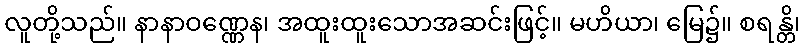
လူတို့သည်။ နာနာဝဏ္ဏေန၊ အထူးထူးသောအဆင်းဖြင့်။ မဟိယာ၊ မြေ၌။ စရန္တိ၊